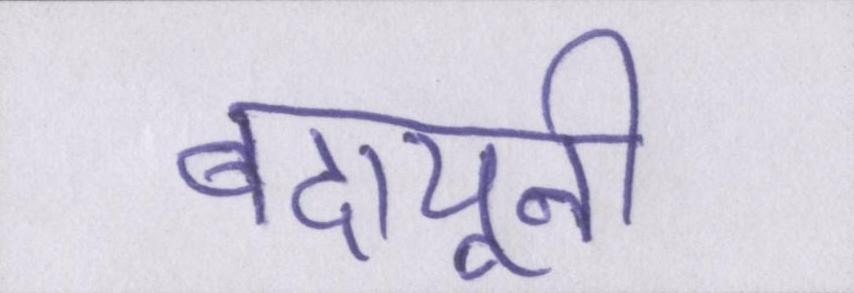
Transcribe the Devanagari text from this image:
बदायूनी